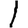
Digit: 1